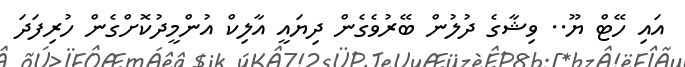
އައި ހޭޓް ޔޫ.. ވިޝާގެ ދުލުން ބޭރުވެގެން ދިޔައީ އާލިކް އުންމީދުކޮށްގެން ހުރިފަދަ